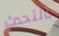
بالتحدث